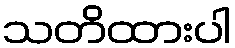
သတိထားပါ